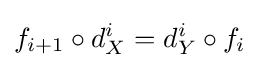
f_{i+1}\circ d_{X}^{i}=d_{Y}^{i}\circ f_{i}